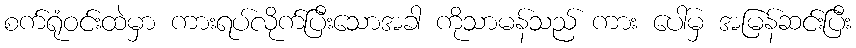
စက်ရုံဝင်းထဲမှာ ကားရပ်လိုက်ပြီးသောအခါ ကိုသာမန်သည် ကား ပေါ်မှ အမြန်ဆင်းပြီး